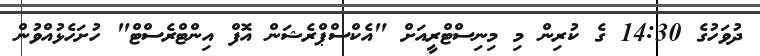
ދުވަހުގެ 14:30 ގެ ކުރިން މި މިނިސްޓްރީއަށް "އެކްސްޕްރެޝަން އޮފް އިންޓްރެސްޓް" ހުށަހެޅުއްވުން